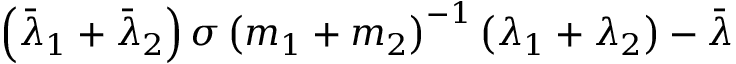
\left( \bar { \lambda } _ { 1 } + \bar { \lambda } _ { 2 } \right) \sigma \left( m _ { 1 } + m _ { 2 } \right) ^ { - 1 } \left( \lambda _ { 1 } + \lambda _ { 2 } \right) - \bar { \lambda }